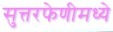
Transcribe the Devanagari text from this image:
सुत्तरफेणीमध्ये